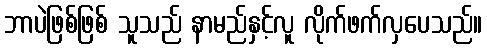
ဘာပဲဖြစ်ဖြစ် သူသည် နာမည်နှင့်လူ လိုက်ဖက်လှပေသည်။